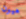
هيون